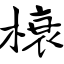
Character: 榱